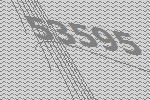
53595